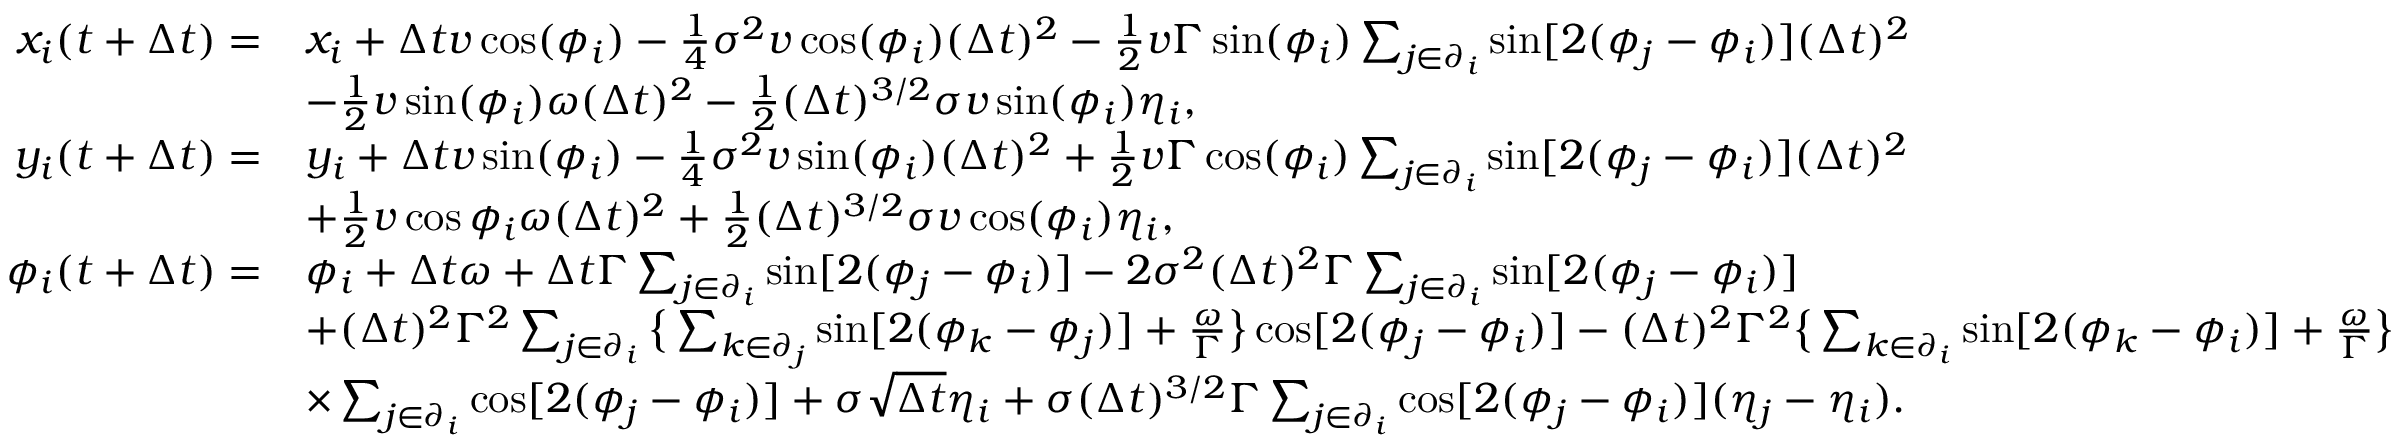
\begin{array} { r l } { x _ { i } ( t + \Delta t ) = } & { x _ { i } + \Delta t v \cos ( \phi _ { i } ) - \frac { 1 } { 4 } \sigma ^ { 2 } v \cos ( \phi _ { i } ) ( \Delta t ) ^ { 2 } - \frac { 1 } { 2 } v \Gamma \sin ( \phi _ { i } ) \sum _ { j \in \partial _ { i } } \sin [ 2 ( \phi _ { j } - \phi _ { i } ) ] ( \Delta t ) ^ { 2 } } \\ & { - \frac { 1 } { 2 } v \sin ( \phi _ { i } ) \omega ( \Delta t ) ^ { 2 } - \frac { 1 } { 2 } ( \Delta t ) ^ { 3 / 2 } \sigma v \sin ( \phi _ { i } ) \eta _ { i } , } \\ { y _ { i } ( t + \Delta t ) = } & { y _ { i } + \Delta t v \sin ( \phi _ { i } ) - \frac { 1 } { 4 } \sigma ^ { 2 } v \sin ( \phi _ { i } ) ( \Delta t ) ^ { 2 } + \frac { 1 } { 2 } v \Gamma \cos ( \phi _ { i } ) \sum _ { j \in \partial _ { i } } \sin [ 2 ( \phi _ { j } - \phi _ { i } ) ] ( \Delta t ) ^ { 2 } } \\ & { + \frac { 1 } { 2 } v \cos { \phi _ { i } } \omega ( \Delta t ) ^ { 2 } + \frac { 1 } { 2 } ( \Delta t ) ^ { 3 / 2 } \sigma v \cos ( \phi _ { i } ) \eta _ { i } , } \\ { \phi _ { i } ( t + \Delta t ) = } & { \phi _ { i } + \Delta t \omega + \Delta t \Gamma \sum _ { j \in \partial _ { i } } \sin [ 2 ( \phi _ { j } - \phi _ { i } ) ] - 2 \sigma ^ { 2 } ( \Delta t ) ^ { 2 } \Gamma \sum _ { j \in \partial _ { i } } \sin [ 2 ( \phi _ { j } - \phi _ { i } ) ] } \\ & { + ( \Delta t ) ^ { 2 } \Gamma ^ { 2 } \sum _ { j \in \partial _ { i } } \big \{ \sum _ { k \in \partial _ { j } } \sin [ 2 ( \phi _ { k } - \phi _ { j } ) ] + \frac { \omega } { \Gamma } \big \} \cos [ 2 ( \phi _ { j } - \phi _ { i } ) ] - ( \Delta t ) ^ { 2 } \Gamma ^ { 2 } \big \{ \sum _ { k \in \partial _ { i } } \sin [ 2 ( \phi _ { k } - \phi _ { i } ) ] + \frac { \omega } { \Gamma } \big \} } \\ & { \times \sum _ { j \in \partial _ { i } } \cos [ 2 ( \phi _ { j } - \phi _ { i } ) ] + \sigma \sqrt { \Delta t } \eta _ { i } + \sigma ( \Delta t ) ^ { 3 / 2 } \Gamma \sum _ { j \in \partial _ { i } } \cos [ 2 ( \phi _ { j } - \phi _ { i } ) ] ( \eta _ { j } - \eta _ { i } ) . } \end{array}